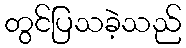
တွင်ပြသခဲ့သည်